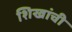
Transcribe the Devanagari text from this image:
शिखांची